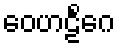
ဝေဟဠိင်္ဂေ